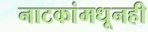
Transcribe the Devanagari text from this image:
नाटकांमधूनही